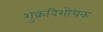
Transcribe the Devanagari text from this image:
शुक्रविशोधक